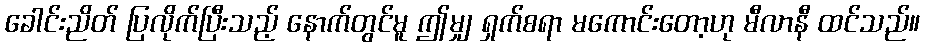
ခေါင်းညိတ် ပြလိုက်ပြီးသည့် နောက်တွင်မူ ဤမျှ ရှက်စရာ မကောင်းတော့ဟု မီလာနီ ထင်သည်။